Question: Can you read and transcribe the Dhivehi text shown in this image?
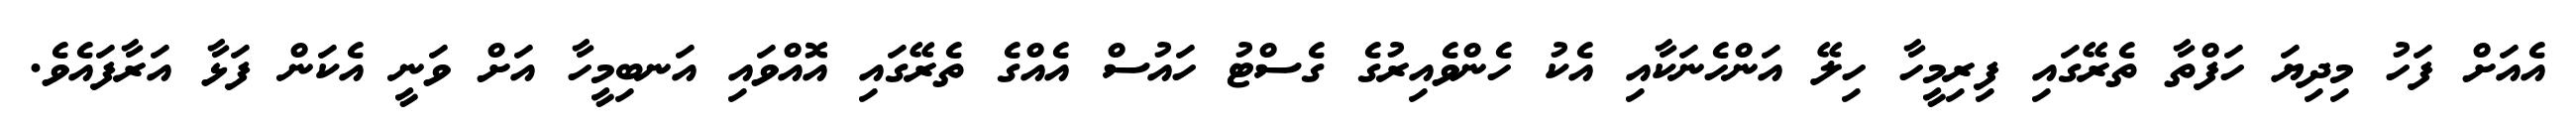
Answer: އެއަށް ފަހު މިދިޔަ ހަފްތާ ތެރޭގައި ފިރިމީހާ ހިލޭ އަންހެނަކާއި އެކު ހެންވެއިރުގެ ގެސްޓު ހައުސް އެއްގެ ތެރޭގައި އޮއްވައި އަނބިމީހާ އަށް ވަނީ އެކަން ފަޅާ އަރާފައެވެ.